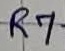
Text: R7